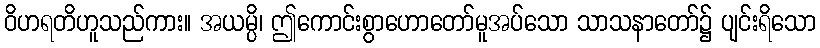
ဝိဟရတိဟူသည်ကား။ အယမ္ပိ၊ ဤကောင်းစွာဟောတော်မူအပ်သော သာသနာတော်၌ ပျင်းရိသော